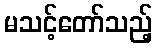
မသင့်တော်သည့်